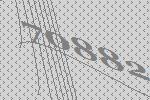
70882